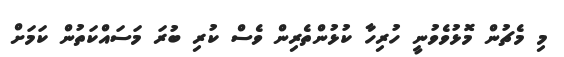
މި މެޗުން މޮޅުވެވުނީ ހުރިހާ ކުޅުންތެރިން ވެސް ކުރި ބުރަ މަސައްކަތުން ކަމަށް